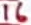
Text: 16